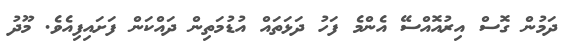
ދަމުން ގޮސް އިރުއޮއްސޭ އެންމެ ފަހު ދަޅަތައް އުޑުމަތިން ދައްކަން ފަށައިފިއެވެ. މޫދު